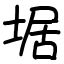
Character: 𡍄